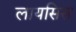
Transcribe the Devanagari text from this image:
लायसिस